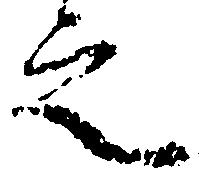
之